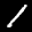
Label: 1